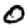
Digit: 0